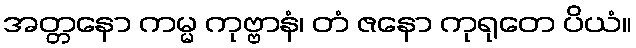
အတ္တနော ကမ္မ ကုဗ္ဗာနံ၊ တံ ဇနော ကုရုတေ ပိယံ။